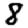
Digit: 8